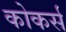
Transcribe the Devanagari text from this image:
कोकर्स